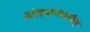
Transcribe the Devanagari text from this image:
यंत्ररूपातील